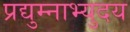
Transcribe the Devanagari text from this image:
प्रद्युम्नाभ्युदय